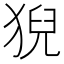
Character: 猊